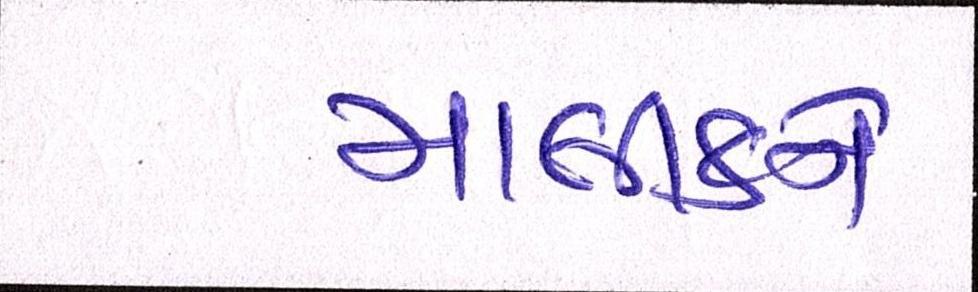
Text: માલીકને